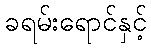
ခရမ်းရောင်နှင့်